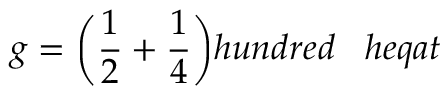
g = { \bigg ( } { \frac { 1 } { 2 } } + { \frac { 1 } { 4 } } { \bigg ) } h u n d r e d \; \; \; h e q a t